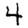
Digit: 4